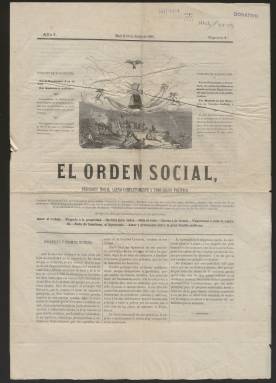
Título: El orden social
Colección: Periódicos
Ámbito geográfico: Madrid
Lugar de publicación: Madrid
Fechas: 10/06/1869-10/06/1869